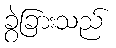
ခွဲခြားသည်